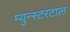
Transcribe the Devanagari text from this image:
म्युन्स्टरटाल